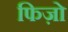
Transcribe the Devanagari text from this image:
फिज़ो